Source: Handwritten
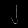
Digit: ၂ (2)